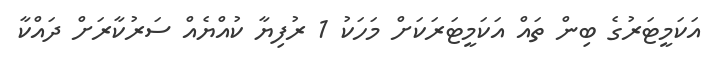
އަަކަމީޓަރުގެ ބިން ތައް އަކަމީޓަރަކަށް މަހަކު 1 ރުފިޔާ ކުއްޔެއް ސަރުކާރަށް ދައްކާ